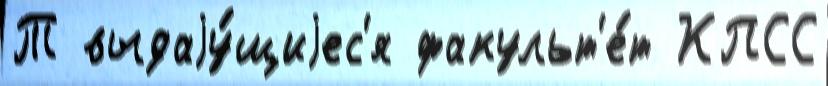
Т выдаjу́щиjес'я факульт'е́т КПСС